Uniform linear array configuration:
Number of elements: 32
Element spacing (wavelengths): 0.75
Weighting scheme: hamming
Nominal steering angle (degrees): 60
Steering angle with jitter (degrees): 61.484
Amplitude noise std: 0.05
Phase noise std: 0.05

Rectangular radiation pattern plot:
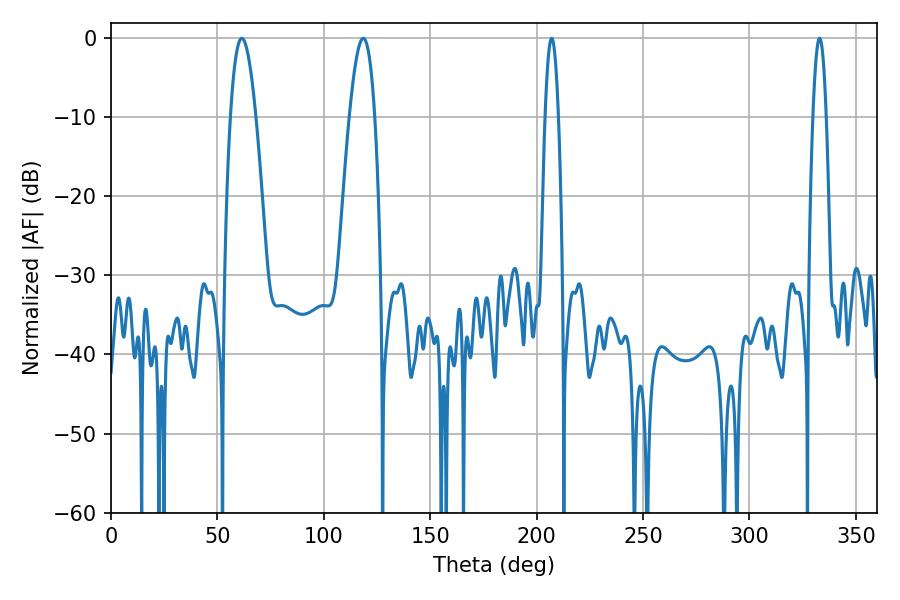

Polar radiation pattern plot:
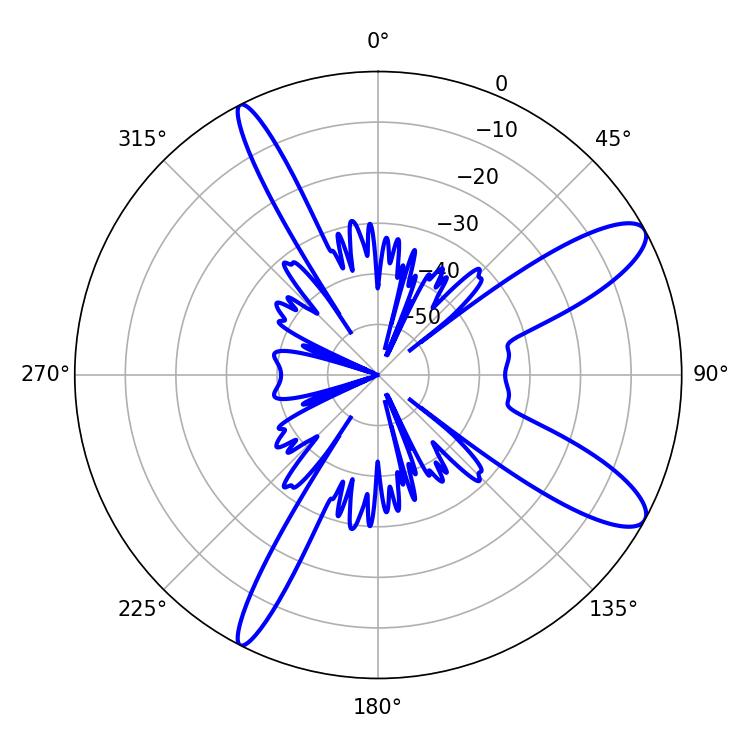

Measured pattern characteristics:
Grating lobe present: TRUE
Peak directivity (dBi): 11.013
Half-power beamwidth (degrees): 6.66
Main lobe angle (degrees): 61.38